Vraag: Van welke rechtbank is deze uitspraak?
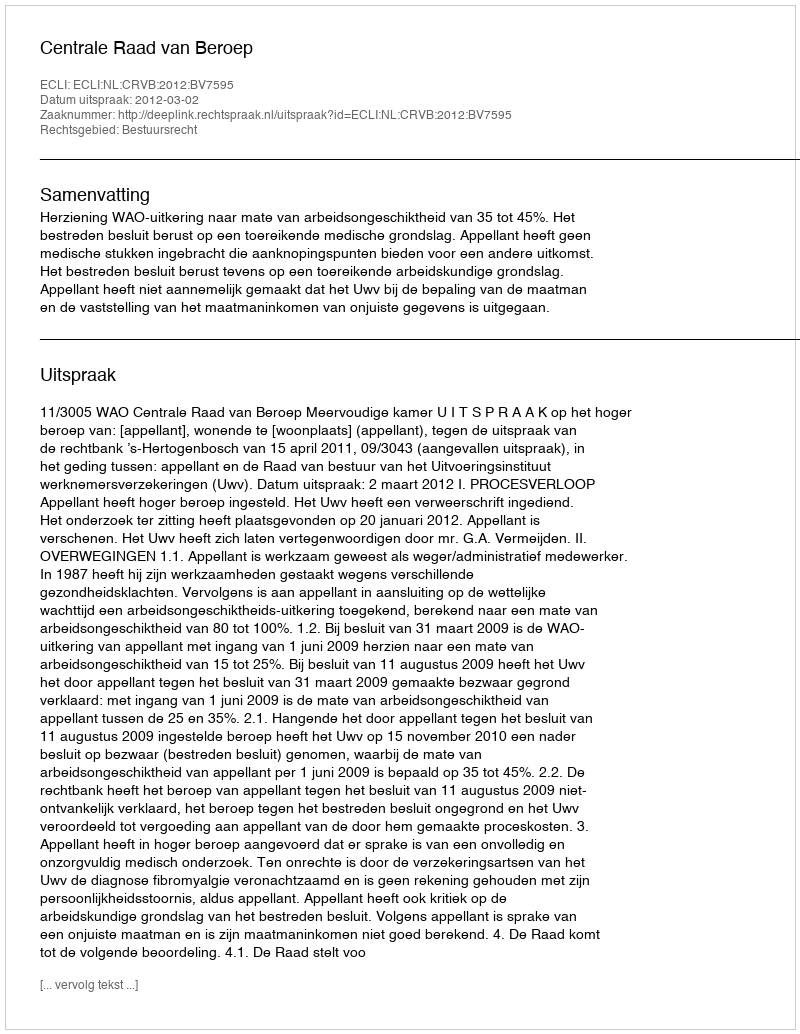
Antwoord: Centrale Raad van Beroep